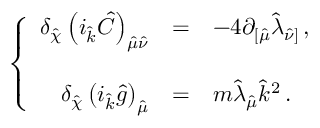
\left\{ \begin{array} { r c l } { { \delta _ { \hat { \chi } } \left( i _ { \hat { k } } \hat { C } \right) _ { \hat { \mu } \hat { \nu } } } } & { { = } } & { { - 4 \partial _ { [ \hat { \mu } } \hat { \lambda } _ { \hat { \nu } ] } \, , } } \\ { { } } & { { } } & { { } } \\ { { \delta _ { \hat { \chi } } \left( i _ { \hat { k } } \hat { g } \right) _ { \hat { \mu } } } } & { { = } } & { { m \hat { \lambda } _ { \hat { \mu } } \hat { k } ^ { 2 } \, . } } \end{array} \right.